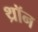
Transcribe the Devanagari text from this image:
थ्रॉन